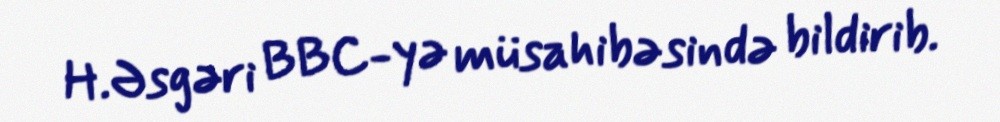
H.Əsgəri BBC-yə müsahibəsində bildirib.